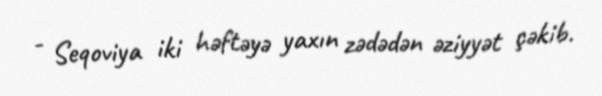
- Seqoviya iki həftəyə yaxın zədədən əziyyət çəkib.